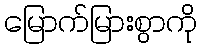
မြောက်မြားစွာကို